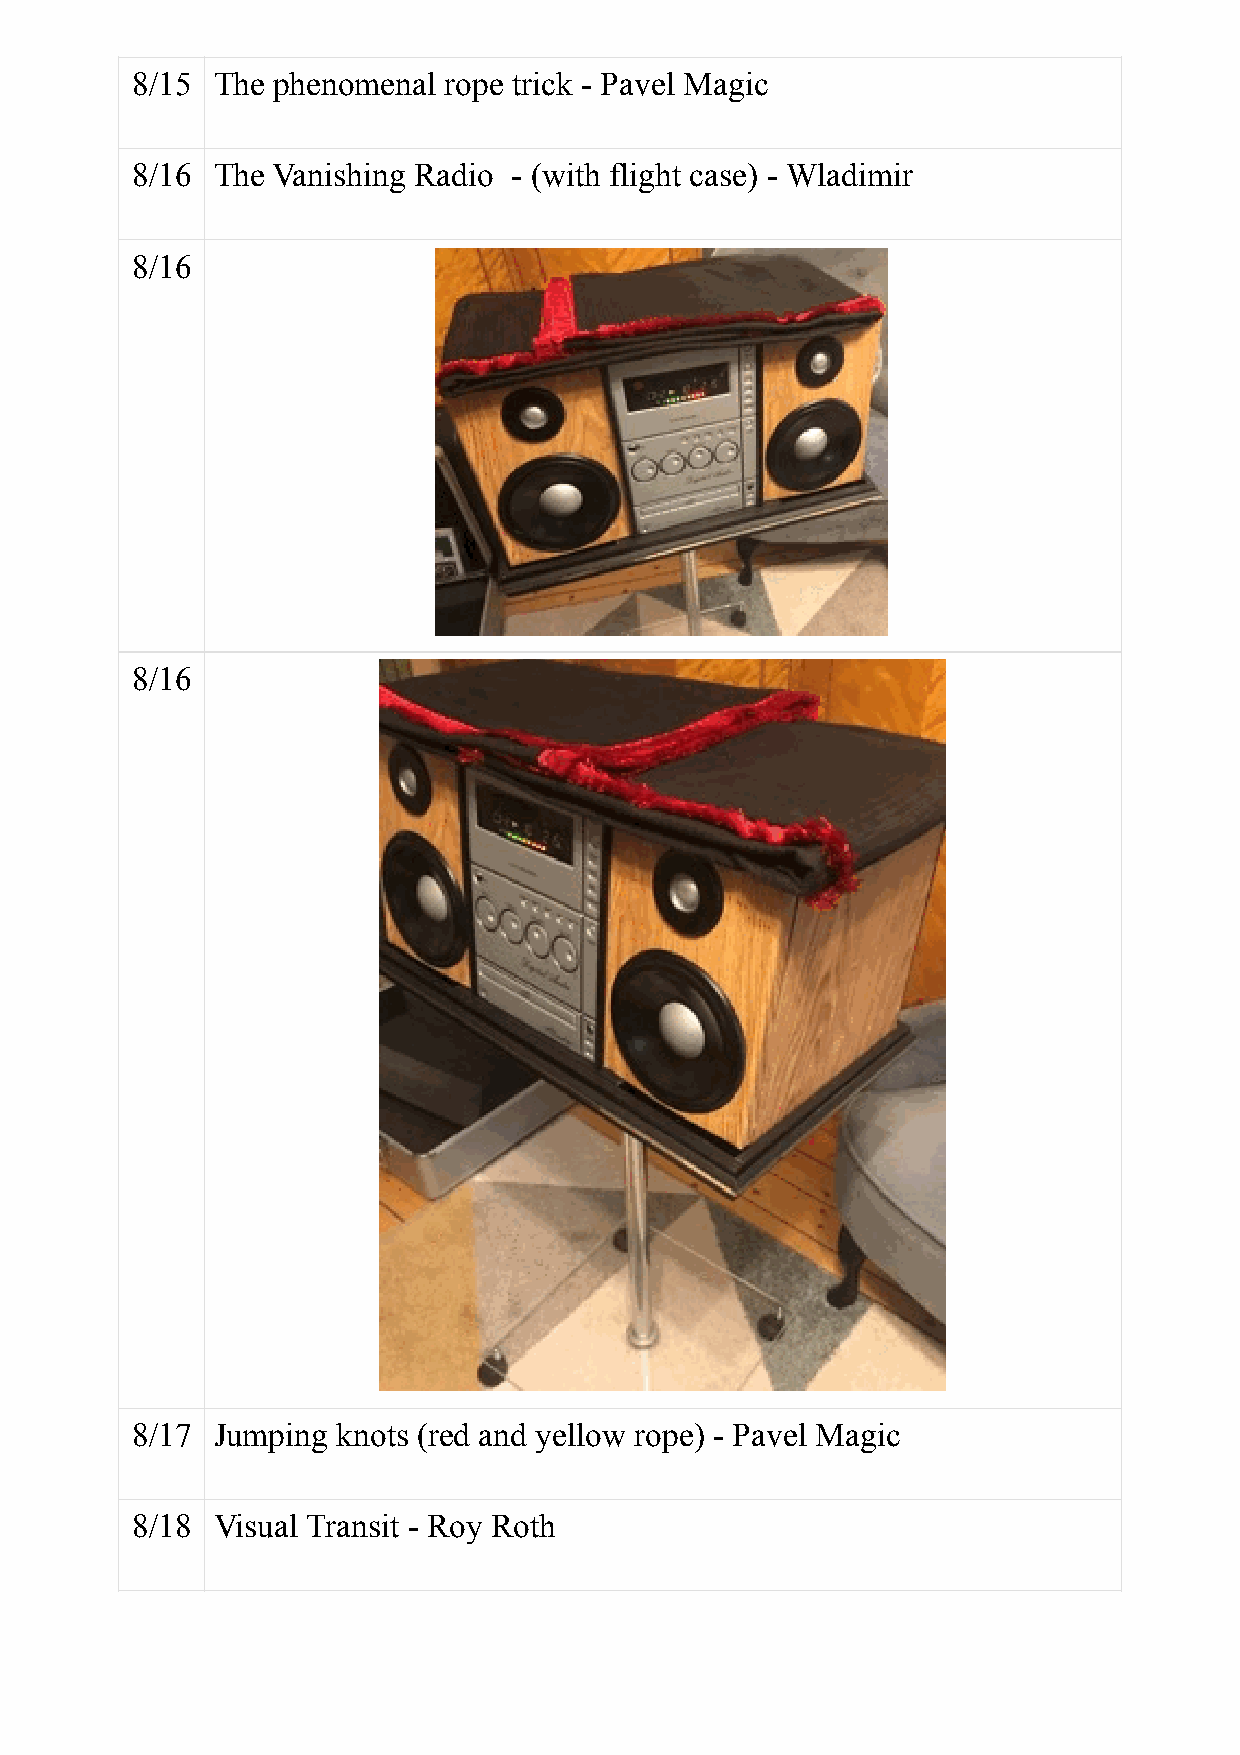
8/15 The phenomenal rope trick - Pavel Magic
 8/16 The Vanishing Radio - (with flight case) - Wladimir
 8/16

 8/16

 8/17 Jumping knots (red and yellow rope) - Pavel Magic
 8/18 Visual Transit - Roy Roth